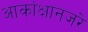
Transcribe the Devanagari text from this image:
आकांक्षानजरे